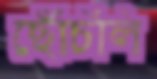
ছেঁচিলি